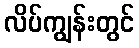
လိပ်ကျွန်းတွင်